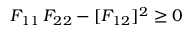
F _ { 1 1 } \, F _ { 2 2 } - [ F _ { 1 2 } ] ^ { 2 } \ge 0